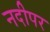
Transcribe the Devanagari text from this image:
नदीपर